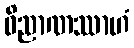
ဝိညာဏဿာဟံ